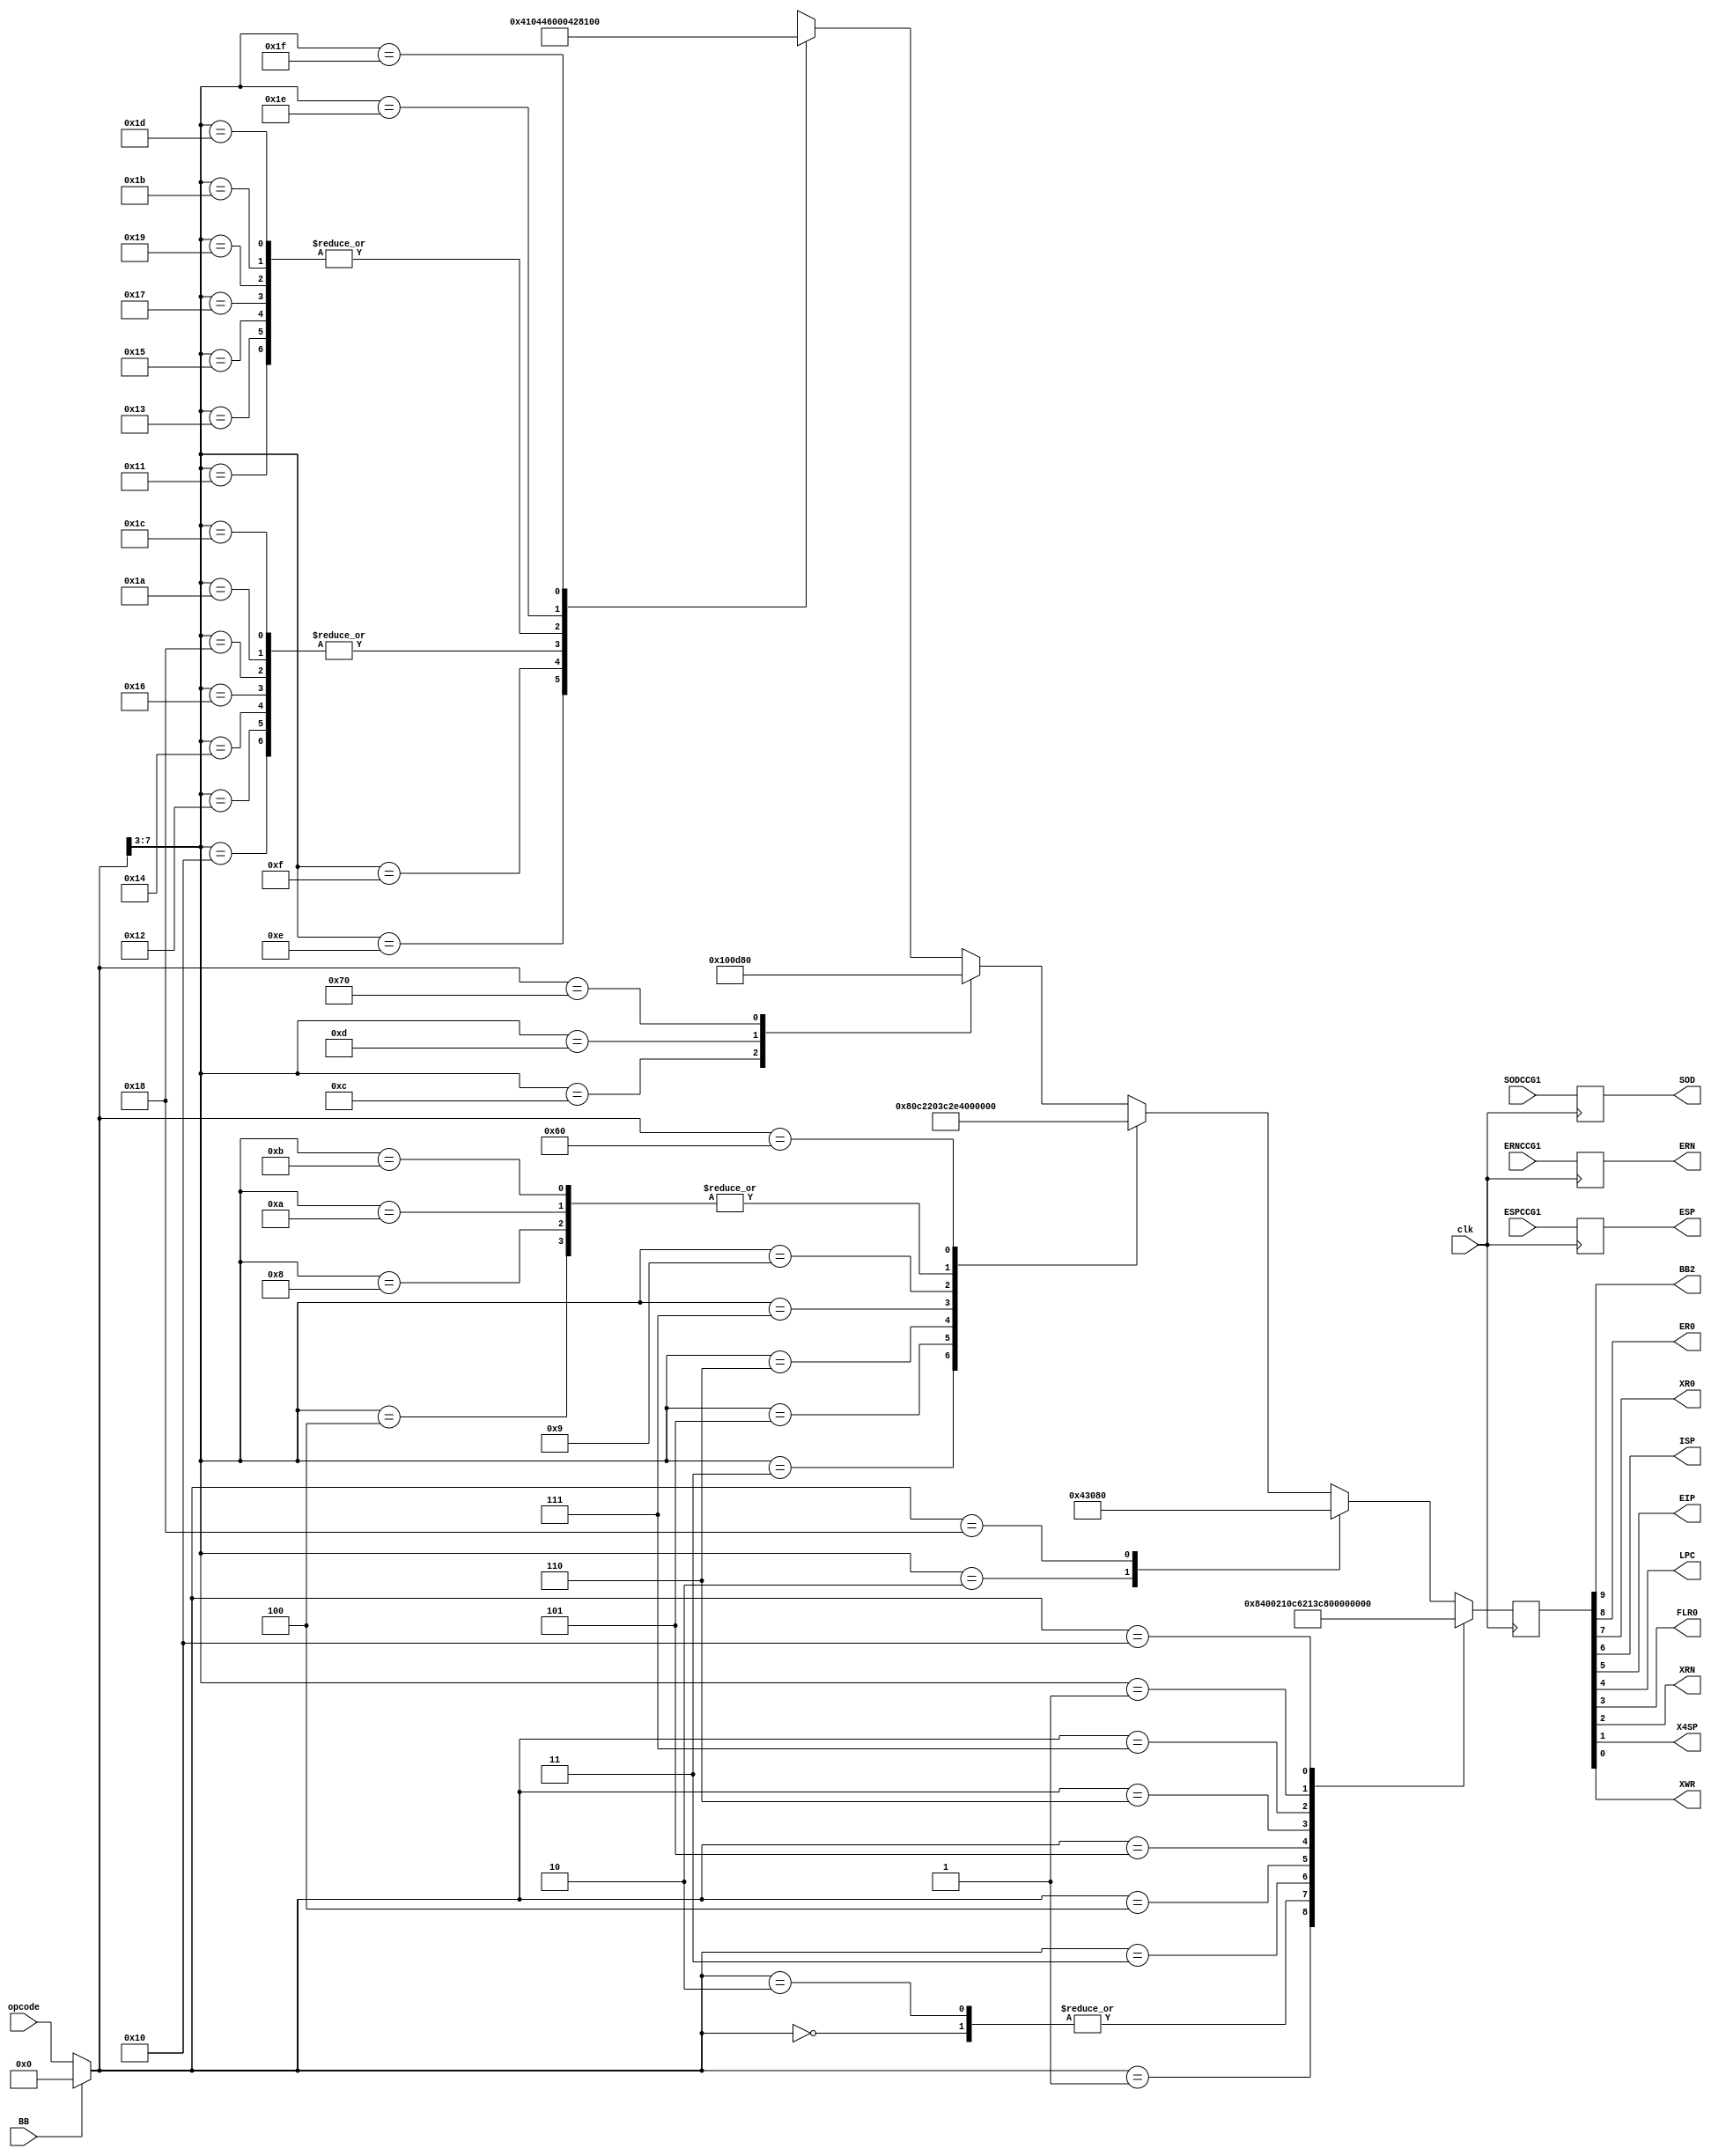
`timescale 1ns / 1ps

module ControlCodeGenerator2(
        input           clk,    //System wide clock
        input           BB,     //Hold this stage
        input   [7:0]   opcode, //opcode from opcode buffer
        input           ERNCCG1,
        input           SODCCG1,
        input           ESPCCG1,   
        output          BB2,    //Hold the next cycle
        output          ER0,    //Enable R0
        output reg      ERN,    //Enable RN    
        output          XR0,    //Load R0 from 4th stage 
        output reg      SOD,    //Select OD
        output          ISP,    //Increment SP
        output reg      ESP,    //Enable SP
        output          EIP,    //Enable Input
        output          LPC,    //Load PC
        //output          EFL,  // DELETE - Not Contributory  //Enable Flag :: Flag Compare for conditional branch :: remove this and modify PC, because its always 0
        output          FLR0,   //Flag R0 :: find out why we need it :: we used it for operand forward
        output          XRN,    //Load RN from 4th stage
        //output          LSP,  // DELETE  - USELESS  //This bit is useless please remove this shit
        output          X4SP,   //Load SP from 4th stage
        output          XWR     //WR from 4th stage
    );
    
    reg [9:0] controlBits; // 13-12 EFL 14-13 LSP
    wire[7:0] opcodeBubble;
    
    assign opcodeBubble = (BB)?8'h00:opcode;
    initial begin
            controlBits = 0; // 14-13 EFL 15-14 LSP
            ERN = 0;
            SOD = 0;
            ESP = 0;
    end
    always @(posedge clk) begin
        ERN = ERNCCG1;
        SOD = SODCCG1;
        ESP = ESPCCG1;
    end
    // assign {BB2,ER0,/*ERN,*/XR0/*,SOD*/,ISP/*,ESP*/,EIP,LPC,/*EFL,*/FLR0,XRN,/*LSP,*/X4SP,XWR} = controlBits;
    assign {BB2,ER0,XR0,ISP,EIP,LPC,FLR0,XRN,X4SP,XWR} = controlBits;
    always@(posedge clk)
    begin
        casex(opcodeBubble)
            8'b0000_0000 : controlBits = 10'b00_00_000_000;   // 0 - EFL : 0 - LSP : NOP
            8'b0000_0001 : controlBits = 10'b00_10_000_100;   // 0 - EFL : 0 - LSP : CLR
            8'b0000_0010 : controlBits = 10'b00_00_000_000;   // 0 - EFL : 0 - LSP : CLC
            8'b0000_0011 : controlBits = 10'b10_00_010_000;   // 0 - EFL : 0 - LSP : JUD <od>
            8'b0000_0100 : controlBits = 10'b11_00_011_000;   // 0 - EFL : 0 - LSP : JUA
            8'b0000_0101 : controlBits = 10'b10_00_010_011;   // 0 - EFL : 1 - LSP : CUD <od>
            8'b0000_0110 : controlBits = 10'b11_00_011_011;   // 0 - EFL : 1 - LSP : CUA
            8'b0000_0111 : controlBits = 10'b10_01_010_000;   // 0 - EFL : 0 - LSP : RTU
            8'b0000_1xxx : controlBits = 10'b10_00_000_000;   // 0 - EFL : 0 - LSP : JCD <fl><od>
            8'b0001_0000 : controlBits = 10'b01_00_001_010;   // 0 - EFL : 1 - LSP : LSP
            8'b0001_0xxx : controlBits = 10'b01_00_001_100;   // 0 - EFL : 0 - LSP : MVD <rn>*
            8'b0001_1000 : controlBits = 10'b00_10_000_000;   // 0 - EFL : 0 - LSP : RSP
            8'b0001_1xxx : controlBits = 10'b00_10_000_000;   // 0 - EFL : 0 - LSP : MVS <rn>*
            8'b0010_0xxx : controlBits = 10'b00_00_000_100;   // 0 - EFL : 0 - LSP : NOT <rn>
            8'b0010_1xxx : controlBits = 10'b11_00_001_000;   // 0 - EFL : 0 - LSP : JCA <fl>
            8'b0011_0xxx : controlBits = 10'b10_00_000_011;   // 0 - EFL : 1 - LSP : CCD <fl><od>
            8'b0011_1xxx : controlBits = 10'b11_00_001_011;   // 0 - EFL : 1 - LSP : CCA <fl>
            8'b0100_0xxx : controlBits = 10'b00_00_000_100;   // 0 - EFL : 0 - LSP : INC <rn>
            8'b0100_1xxx : controlBits = 10'b10_01_000_000;   // 0 - EFL : 0 - LSP : RTC <fl>
            8'b0101_0xxx : controlBits = 10'b00_00_000_100;   // 0 - EFL : 0 - LSP : DCR <rn>
            8'b0101_1xxx : controlBits = 10'b00_00_000_100;   // 0 - EFL : 0 - LSP : MVI <rn><od>
            8'b0110_0000 : controlBits = 10'b01_10_000_000;   // 0 - EFL : 0 - LSP : RLA
            8'b0110_0xxx : controlBits = 10'b00_00_000_001;   // 0 - EFL : 0 - LSP : STA <rn>*
            8'b0110_1xxx : controlBits = 10'b00_00_000_011;   // 0 - EFL : 1 - LSP : PSH <rn>
            8'b0111_0000 : controlBits = 10'b01_10_000_000;   // 0 - EFL : 0 - LSP : RRA
            8'b0111_0xxx : controlBits = 10'b01_00_000_100;   // 0 - EFL : 0 - LSP : LDA <rn>*
            8'b0111_1xxx : controlBits = 10'b00_01_000_100;   // 0 - EFL : 0 - LSP : POP <rn>
            8'b1000_0xxx : controlBits = 10'b01_10_000_000;   // 0 - EFL : 0 - LSP : ADA <rn>
            8'b1000_1xxx : controlBits = 10'b00_00_000_100;   // 0 - EFL : 0 - LSP : ADI <rn><od>
            8'b1001_0xxx : controlBits = 10'b01_10_000_000;   // 0 - EFL : 0 - LSP : SBA <rn>
            8'b1001_1xxx : controlBits = 10'b00_00_000_100;   // 0 - EFL : 0 - LSP : SBI <rn><od>
            8'b1010_0xxx : controlBits = 10'b01_10_000_000;   // 0 - EFL : 0 - LSP : ACA <rn>
            8'b1010_1xxx : controlBits = 10'b00_00_000_100;   // 0 - EFL : 0 - LSP : ACI <rn><od>
            8'b1011_0xxx : controlBits = 10'b01_10_000_000;   // 0 - EFL : 0 - LSP : SCA <rn>
            8'b1011_1xxx : controlBits = 10'b00_00_000_100;   // 0 - EFL : 0 - LSP : SCI <rn><od>
            8'b1100_0xxx : controlBits = 10'b01_10_000_000;   // 0 - EFL : 0 - LSP : ANA <rn>
            8'b1100_1xxx : controlBits = 10'b00_00_000_100;   // 0 - EFL : 0 - LSP : ANI <rn><od>
            8'b1101_0xxx : controlBits = 10'b01_10_000_000;   // 0 - EFL : 0 - LSP : ORA <rn>
            8'b1101_1xxx : controlBits = 10'b00_00_000_100;   // 0 - EFL : 0 - LSP : ORI <rn><od>
            8'b1110_0xxx : controlBits = 10'b01_10_000_000;   // 0 - EFL : 0 - LSP : XRA <rn>
            8'b1110_1xxx : controlBits = 10'b00_00_000_100;   // 0 - EFL : 0 - LSP : XRI <rn><od>
            8'b1111_0xxx : controlBits = 10'b00_10_100_000;   // 0 - EFL : 0 - LSP : INA <pn>
            8'b1111_1xxx : controlBits = 10'b01_00_000_000;   // 0 - EFL : 0 - LSP : OUT <pn>
        endcase
    end
endmodule